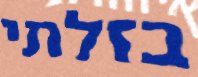
בזלתי